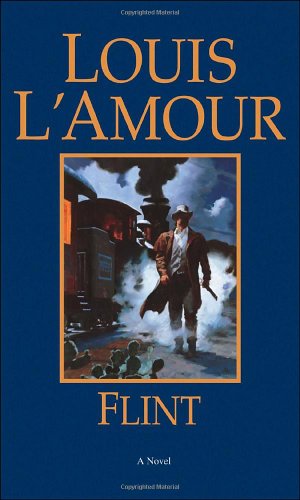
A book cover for Flint: A Novel; Louis L'Amour; Literature & Fiction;